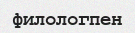
филологпен